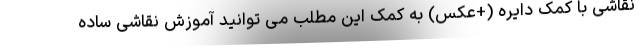
نقاشی با کمک دایره (+عکس) به کمک این مطلب می توانید آموزش نقاشی ساده